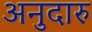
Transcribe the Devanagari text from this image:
अनुदारु